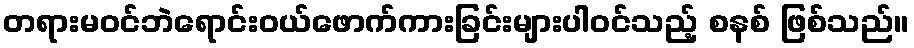
တရားမဝင်ဘဲရောင်းဝယ်ဖောက်ကားခြင်းများပါဝင်သည့် စနစ် ဖြစ်သည်။